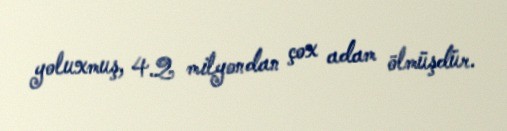
yoluxmuş, 4.2 milyondan çox adam ölmüşdür.